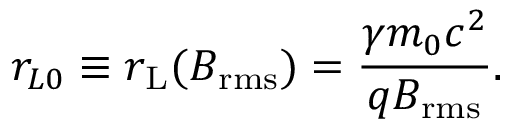
r _ { L 0 } \equiv r _ { \mathrm { L } } ( B _ { \mathrm { r m s } } ) = \frac { \gamma m _ { 0 } c ^ { 2 } } { q B _ { \mathrm { r m s } } } .